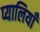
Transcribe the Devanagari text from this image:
प्यालियाँ